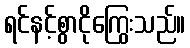
ရင်နင့်စွာငိုကြွေးသည်။